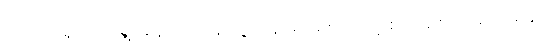
စိတ်လှုပ်ရှားပျော်ရွှင်နေရာကနေ သူ့ကျန်းမာရေးကြောင့် စိတ်ညစ်ညူးစရာတွေ